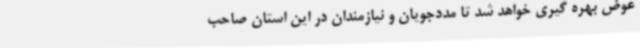
عوض بهره گیری خواهد شد تا مددجویان و نیازمندان در این استان صاحب